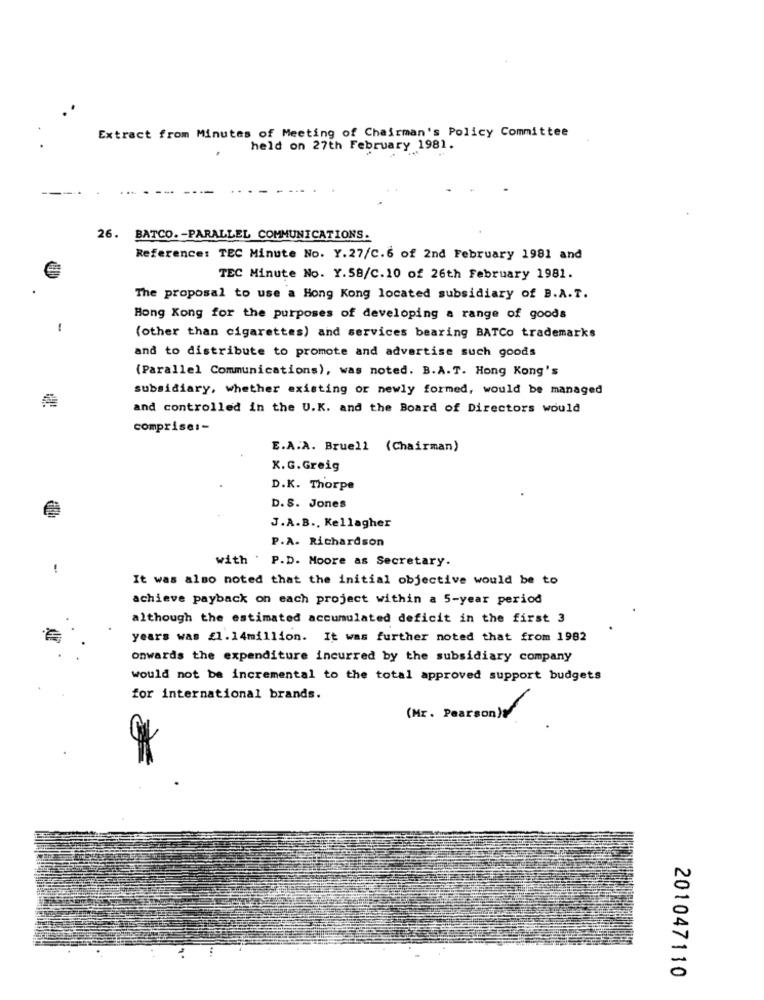
Extract from Minutes of Meeting of Chairman's Policy Committee
held on 27th February 1981.
26. BATCO. - PARALLEL COMMUNICATIONS.
Reference: TEC Minute No. Y.27/C.6 of 2nd February 1981 and
TEC Minute No. Y.58/C.10 of 26th February 1981.
The proposal to use a Hong Kong located subsidiary of B.A.T.
Hong Kong for the purposes of developing a range of goods
-
(other than cigarettes) and services bearing BATCo trademarks
and to distribute to promote and advertise such goods
(Parallel Communications), was noted. B.A.T. Hong Kong's
subsidiary, whether existing or newly formed, would be managed
and controlled in the U.K. and the Board of Directors would
comprise :-
E.A.A. Bruell (Chairman)
K.G.Greig
D.K. Thorpe
D.S. Jones
J.A.B ., Kellagher
P.A. Richardson
with . P.D. Moore as Secretary.
It was also noted that the initial objective would be to
achieve payback on each project within a 5-year period
although the estimated accumulated deficit in the first 3
years was £1.14million. It was further noted that from 1982
onwards the expenditure incurred by the subsidiary company
would not be incremental to the total approved support budgets
for international brands.
(Mr. Pearson)
201047110